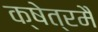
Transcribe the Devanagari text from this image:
क्षेत्रमै